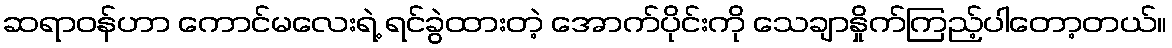
ဆရာဝန်ဟာ ကောင်မလေးရဲ့ ရင်ခွဲထားတဲ့ အောက်ပိုင်းကို သေချာနှိုက်ကြည့်ပါတော့တယ်။